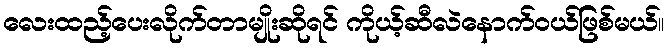
လေးထည့်ပေးလိုက်တာမျိုးဆိုရင် ကိုယ့်ဆီလဲနောက်ဝယ်ဖြစ်မယ်။